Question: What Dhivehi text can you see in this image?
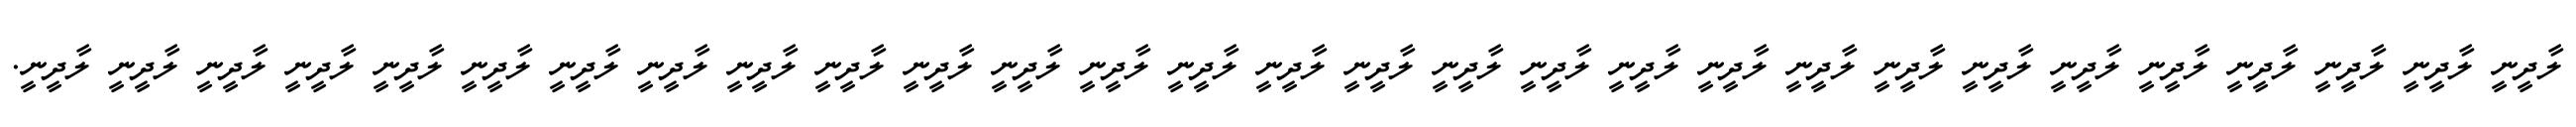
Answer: ލާދީނީ ލާދީނީ ލާދީނީ ލާދީނީ ލާދީނީ ލާދީނީ ލާދީނީ ލާދީނީ ލާދީނީ ލާދީނީ ލާދީނީ ލާދީނީ ލާދީނީ ލާދީނީ ލާދީނީ ލާދީނީ ލާދީނީ ލާދީނީ ލާދީނީ ލާދީނީ ލާދީނީ ލާދީނީ ލާދީނީ ލާދީނީ ލާދީނީ ލާދީނީ ލާދީނީ ލާދީނީ ލާދީނީ.